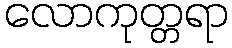
လောကုတ္တရာ